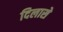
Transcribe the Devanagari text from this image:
दिलासे